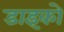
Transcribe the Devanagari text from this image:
डाइको